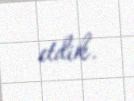
etdik.